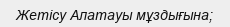
Жетісу Алатауы мұздығына;